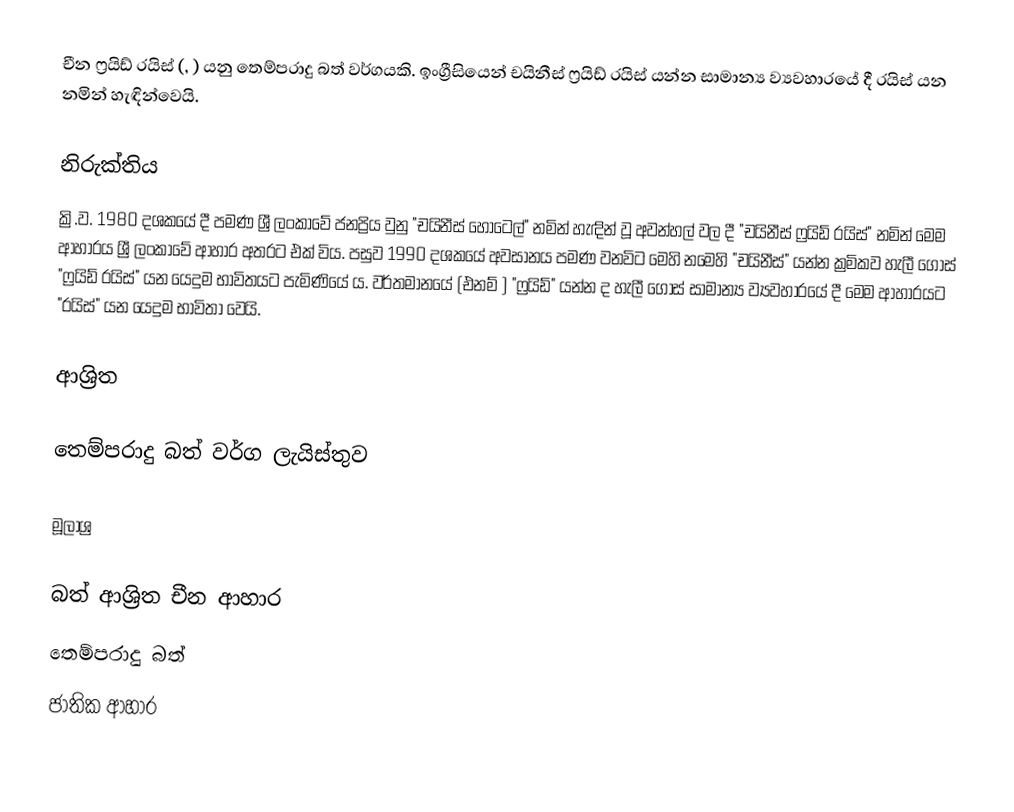
චීන ෆ්‍රයිඩ් රයිස් (, ) යනු තෙම්පරාදු බත් වර්ගයකි. ඉංග්‍රීසියෙන් චයිනීස් ෆ්‍රයිඩ් රයිස් යන්න සාමාන්‍ය ව්‍යවහාරයේ දී රයිස් යන නමින් හැඳින්වෙයි.

නිරුක්තිය
ක්‍රි.ව. 1980 දශකයේ දී පමණ ශ්‍රී ලංකාවේ ජනප්‍රිය වුනු "චයිනීස් හොටෙල්" නමින් හැඳින් වූ අවන්හල් වල දී "චයිනීස් ෆ්‍රයිඩ් රයිස්" නමින් මෙම ආහාරය ශ්‍රී ලංකාවේ ආහාර අතරට එක් විය. පසුව 1990 දශකයේ අවසානය පමණ වනවිට මෙහි නමෙහි "චයිනීස්" යන්න ක්‍රමිකව හැලී ගොස් "ෆ්‍රයිඩ් රයිස්" යන යෙදුම භාවිතයට පැමිණියේ ය. වර්තමානයේ  (එනම් ) "ෆ්‍රයිඩ්" යන්න ද හැලී ගොස් සාමාන්‍ය ව්‍යවහාරයේ දී මෙම ආහාරයට "රයිස්" යන යෙදුම භාවිතා වෙයි.

ආශ්‍රිත

 තෙම්පරාදු බත් වර්ග ලැයිස්තුව

මූලාශ්‍ර

බත් ආශ්‍රිත චීන ආහාර
තෙම්පරාදු බත්
ජාතික ආහාර